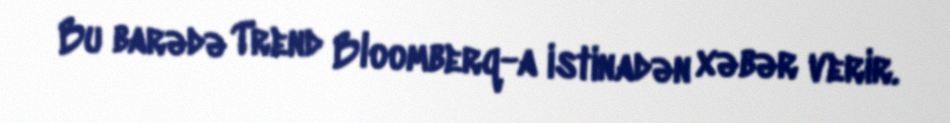
Bu barədə Trend Bloomberq-a istinadən xəbər verir.